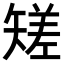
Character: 𥏺